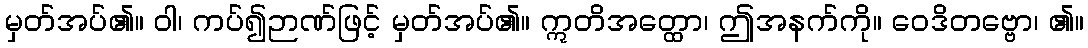
မှတ်အပ်၏။ ဝါ၊ ကပ်၍ဉာဏ်ဖြင့် မှတ်အပ်၏။ ဣတိအတ္ထော၊ ဤအနက်ကို။ ဝေဒိတဗ္ဗော၊ ၏။